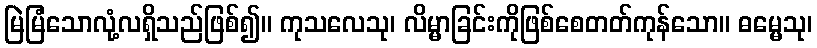
မြဲမြံသောလုံ့လရှိသည်ဖြစ်၍။ ကုသလေသု၊ လိမ္မာခြင်းကိုဖြစ်စေတတ်ကုန်သော။ ဓမ္မေသု၊